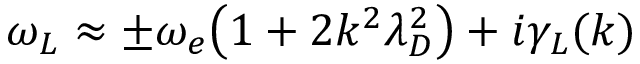
\omega _ { L } \approx \pm \omega _ { e } \big ( 1 + 2 k ^ { 2 } \lambda _ { D } ^ { 2 } \big ) + i \gamma _ { L } ( k )